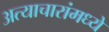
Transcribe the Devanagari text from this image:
अत्याचारांमध्ये